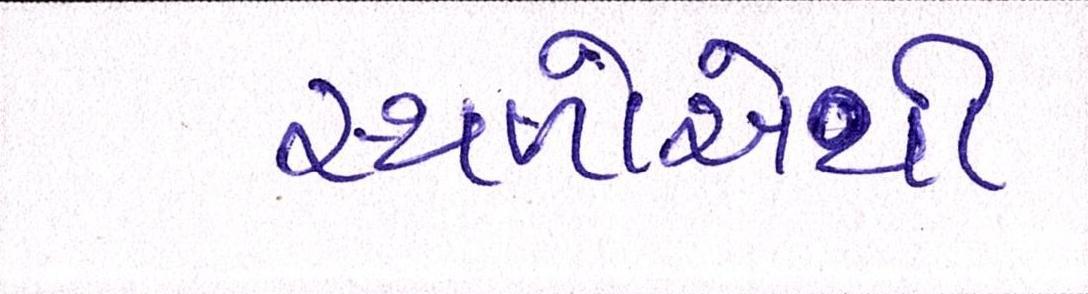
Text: સ્થળોએથી